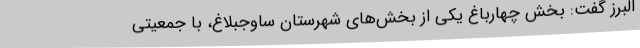
البرز گفت: بخش چهارباغ یکی از بخش‌های شهرستان ساوجبلاغ، با جمعیتی